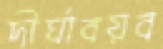
দীর্ঘাবয়ব